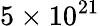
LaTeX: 5\times 10^{21}